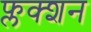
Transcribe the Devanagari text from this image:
फ्लक्शन